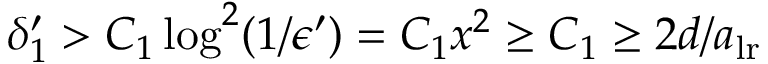
\delta _ { 1 } ^ { \prime } > C _ { 1 } \log ^ { 2 } ( 1 / \epsilon ^ { \prime } ) = C _ { 1 } x ^ { 2 } \geq C _ { 1 } \geq 2 d / a _ { \mathrm { l r } }